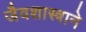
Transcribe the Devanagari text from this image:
जैवशास्त्राने